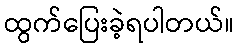
ထွက်ပြေးခဲ့ရပါတယ်။